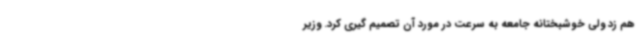
هم زد ولی خوشبختانه جامعه به سرعت در مورد آن تصمیم گیری کرد. وزیر